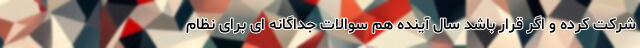
شرکت کرده و اگر قرار باشد سال آینده هم سوالات جداگانه ای برای نظام